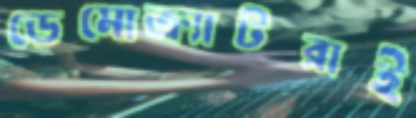
ডেমোক্র্যাটরাই